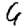
Digit: 4